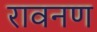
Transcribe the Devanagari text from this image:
रावनण